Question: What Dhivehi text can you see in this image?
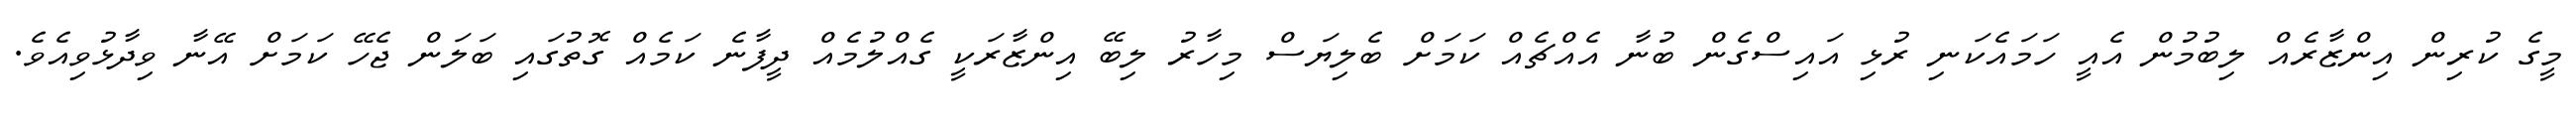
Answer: މީގެ ކުރިން އިންޒާރެއް ލިބުމުން އެއީ ހަމައެކަނި ރުޅި އައިސްގެން ބުނާ އެއްޗެއް ކަމަށް ބެލިޔަސް މިހާރު ލިބޭ އިންޒާރަކީ ގެއްލުމެއް ދީފާނެ ކަމެއް ގޮތުގައި ބަލަން ޖެހޭ ކަމަށް އޭނާ ވިދާޅުވިއެވެ.